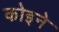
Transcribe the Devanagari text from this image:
कोइने